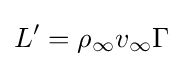
L^{\prime }=\rho _{\infty }v_{\infty }\Gamma